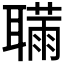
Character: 𦗫